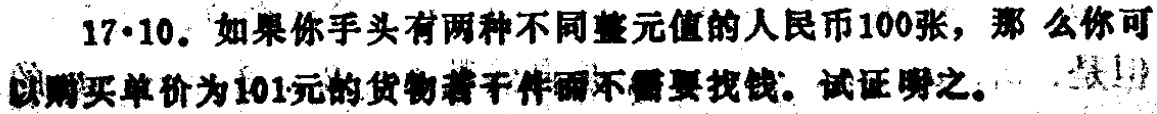
17·10. 如果你手头有两种不同整元值的人民币100张，那么你可以购买单价为101元的货物若干件而不需要找钱。试证明之。